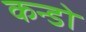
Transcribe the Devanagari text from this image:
कन्डो